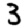
Digit: 3